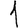
Digit: 1